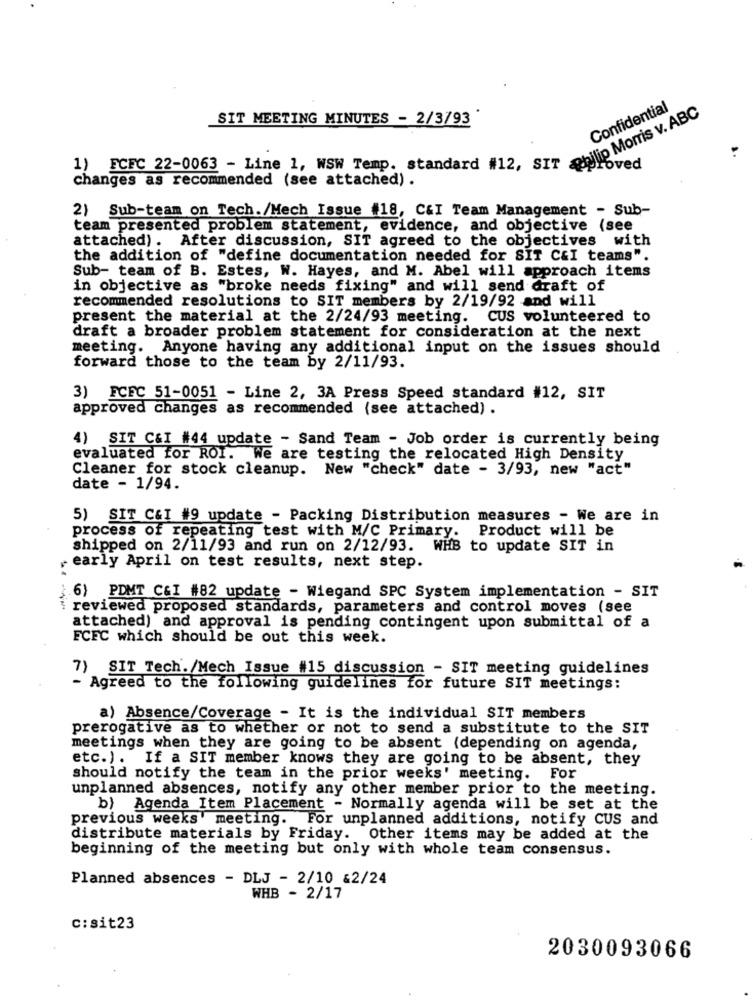
Confidential
SIT MEETING MINUTES - 2/3793
1) FCFC 22-0063 - Line 1, WSW Temp. standard #12, er MonTisV.
roved
changes as recommended (see attached) .
2) Sub-team on Tech./Mech Issue #18, C&I Team Management - Sub-
team presented problem statement, evidence, and objective (see
attached). After discussion, SIT agreed to the objectives with
the addition of "define documentation needed for SIT C&I teams".
Sub- team of B. Estes, W. Hayes, and M. Abel will approach items
in objective as "broke needs fixing" and will send draft of
recommended resolutions to SIT members by 2/19/92 and will
present the material at the 2/24/93 meeting.
CUS volunteered to
draft a broader problem statement for consideration at the next
meeting. Anyone having any additional input on the issues should
forward those to the team by 2/11/93.
3) FCEC 51-0051 - Line 2, 3A Press Speed standard #12, SIT
approved changes as recommended (see attached) .
4) SIT C&I #44 update - Sand Team - Job order is currently being
evaluated for ROI. We are testing the relocated High Density
Cleaner for stock cleanup. New "check" date - 3/93, new "act"
date - 1/94.
5) SIT C&I #9 update - Packing Distribution measures - We are in
process of repeating test with M/C Primary. Product will be
shipped on 2/11/93 and run on 2/12/93. WHB to update SIT in
early April on test results, next step.
6) PDMT CGI #82 update - Wiegand SPC System implementation - SIT
reviewed proposed standards, parameters and control moves (see
attached) and approval is pending contingent upon submittal of a
FCFC which should be out this week.
7) SIT Tech./Mech Issue #15 discussion - SIT meeting guidelines
Agreed to the following guidelines for future SIT meetings:
a) Absence/Coverage - It is the individual SIT members
prerogative as to whether or not to send a substitute to the SIT
meetings when they are going to be absent (depending on agenda,
etc.). If a SIT member knows they are going to be absent, they
should notify the team in the prior weeks' meeting. For
unplanned absences, notify any other member prior to the meeting.
b) Agenda Item Placement - Normally agenda will be set at the
previous weeks' meeting. For unplanned additions, notify CUS and
distribute materials by Friday. Other items may be added at the
beginning of the meeting but only with whole team consensus.
Planned absences - DLJ - 2/10 &2/24
WHB - 2/17
C:sit23
2030093066